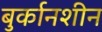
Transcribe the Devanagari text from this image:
बुर्कानशीन